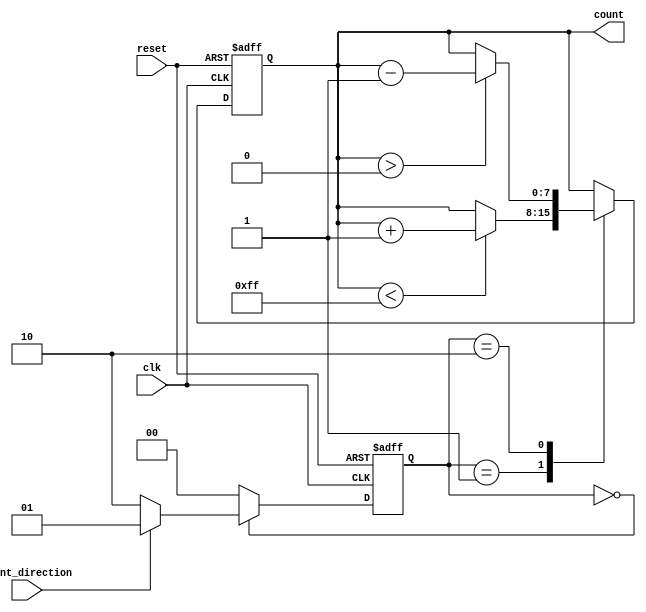
module Counter(
    input wire clk,
    input wire reset,
    input wire count_direction,
    output reg [7:0] count
);

parameter CNT_MAX = 8'hFF;
parameter CNT_MIN = 8'h00;

reg [7:0] current_count;
reg [1:0] state;

always @(posedge clk or posedge reset) begin
    if (reset) begin
        current_count <= 8'h00;
        state <= 2'b00;
    end else begin
        case(state)
            2'b00: begin // IDLE state
                if (count_direction) begin
                    state <= 2'b01; // Increment state
                end else begin
                    state <= 2'b10; // Decrement state
                end
            end
            2'b01: begin // Increment state
                if (current_count < CNT_MAX) begin
                    current_count <= current_count + 1;
                end
                state <= 2'b00; // Back to IDLE state
            end
            2'b10: begin // Decrement state
                if (current_count > CNT_MIN) begin
                    current_count <= current_count - 1;
                end
                state <= 2'b00; // Back to IDLE state
            end
            default: state <= 2'b00;
        endcase
    end
end

assign count = current_count;

endmodule